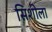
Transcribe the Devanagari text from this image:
सिशीला